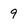
Character: 9